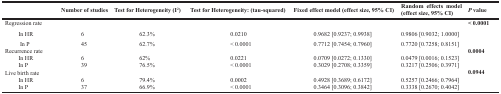
<table><thead><tr><td></td><td><b>Number of studies</b></td><td><b>Test for Heterogeneity (I<sup>2</sup>)</b></td><td><b>Test for Heterogeneity: (tau-squared)</b></td><td><b>Fixed effect model (effect size, 95% CI)</b></td><td><b>Random effects model (effect size, 95% CI)</b></td><td><b><i>P</i> value</b></td></tr></thead><tbody><tr><td>Regression rate</td><td></td><td></td><td></td><td></td><td></td><td><b>&lt; 0.0001</b></td></tr><tr><td> In HR</td><td>6</td><td>62.3%</td><td>0.0210</td><td>0.9682 [0.9237; 0.9938]</td><td>0.9806 [0.9032; 1.0000]</td><td></td></tr><tr><td> In P</td><td>45</td><td>62.7%</td><td>&lt; 0.0001</td><td>0.7712 [0.7454; 0.7960]</td><td>0.7720 [0.7258; 0.8151]</td><td></td></tr><tr><td>Recurrence rate</td><td></td><td></td><td></td><td></td><td></td><td><b>0.0004</b></td></tr><tr><td> In HR</td><td>6</td><td>62%</td><td>0.0221</td><td>0.0709 [0.0272; 0.1330]</td><td>0.0479 [0.0016; 0.1523]</td><td></td></tr><tr><td> In P</td><td>39</td><td>76.5%</td><td>&lt; 0.0001</td><td>0.3029 [0.2708; 0.3359]</td><td>0.3217 [0.2506; 0.3971]</td><td></td></tr><tr><td>Live birth rate</td><td></td><td></td><td></td><td></td><td></td><td><b>0.0944</b></td></tr><tr><td> In HR</td><td>6</td><td>79.4%</td><td>0.0002</td><td>0.4928 [0.3689; 0.6172]</td><td>0.5257 [0.2466; 0.7964]</td><td></td></tr><tr><td> In P</td><td>37</td><td>66.9%</td><td>&lt; 0.0001</td><td>0.3464 [0.3096; 0.3842]</td><td>0.3338 [0.2670; 0.4042]</td><td></td></tr></tbody></table>